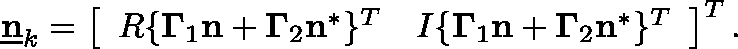
\underline { { \mathbf { n } } } _ { k } = \left[ \begin{array} { c c } { \mathfrak { R } \{ \mathbf { \Gamma } _ { 1 } \mathbf { n } + \mathbf { \Gamma } _ { 2 } \mathbf { n } ^ { * } \} ^ { T } } & { \mathfrak { I } \{ \mathbf { \Gamma } _ { 1 } \mathbf { n } + \mathbf { \Gamma } _ { 2 } \mathbf { n } ^ { * } \} ^ { T } } \end{array} \right] ^ { T } .